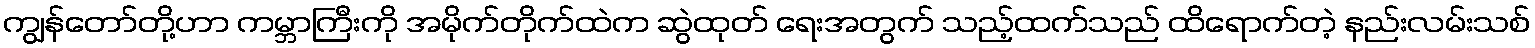
ကျွန်တော်တို့ဟာ ကမ္ဘာကြီးကို အမိုက်တိုက်ထဲက ဆွဲထုတ် ရေးအတွက် သည့်ထက်သည် ထိရောက်တဲ့ နည်းလမ်းသစ်